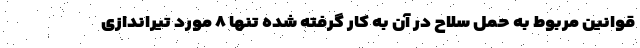
قوانین مربوط به حمل سلاح در آن به کار گرفته شده تنها ۸ مورد تیراندازی